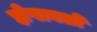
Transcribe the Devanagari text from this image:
झेपावतो